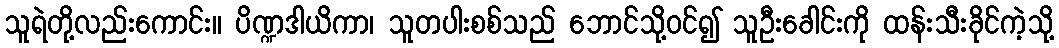
သူရဲတို့လည်းကောင်း။ ပိဏ္ဍဒါယိကာ၊ သူတပါးစစ်သည် ဘောင်သို့ဝင်၍ သူဦးခေါင်းကို ထန်းသီးခိုင်ကဲ့သို့